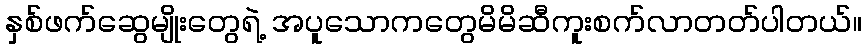
နှစ်ဖက်ဆွေမျိုးတွေရဲ့ အပူသောကတွေမိမိဆီကူးစက်လာတတ်ပါတယ်။